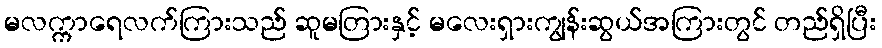
မလက္ကာရေလက်ကြားသည် ဆူမတြားနှင့် မလေးရှားကျွန်းဆွယ်အကြားတွင် တည်ရှိပြီး